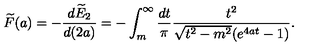
\widetilde { F } ( a ) = - \frac { d \widetilde { E } _ { 2 } } { d ( 2 a ) } = - \int _ { m } ^ { \infty } \frac { d t } { \pi } \frac { t ^ { 2 } } { \sqrt { t ^ { 2 } - m ^ { 2 } } ( e ^ { 4 a t } - 1 ) } .